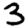
Digit: 3